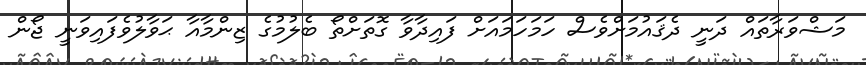
މަޝްވަރާތައް ދަނީ ދެޤައުމަށްވެސް ހަމަހަމައަށް ފައިދާވާ ގޮތަށްތޯ ބެލުމުގެ ޒިންމާއާ ޙަވާލުވެފައިވަނީ ޖޯން